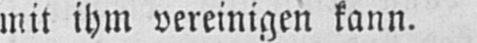
mit ihm vereinigen kann.